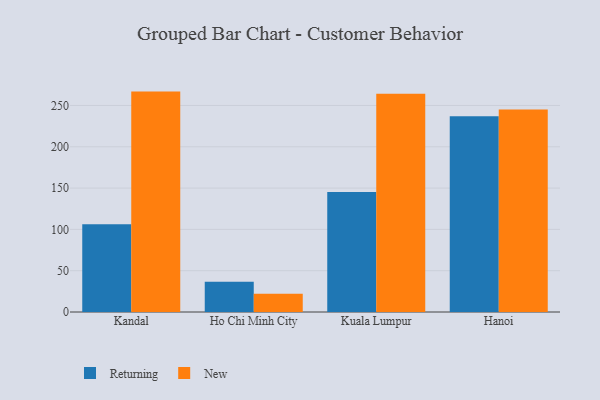
{"axis": {"x": "City", "y": "Headcount"}, "legend": ["New", "Returning"], "data": [{"x": "Kandal", "y": 106.3, "type": "Returning"}, {"x": "Kandal", "y": 266.8, "type": "New"}, {"x": "Ho Chi Minh City", "y": 36.6, "type": "Returning"}, {"x": "Ho Chi Minh City", "y": 22.0, "type": "New"}, {"x": "Kuala Lumpur", "y": 145.4, "type": "Returning"}, {"x": "Kuala Lumpur", "y": 264.1, "type": "New"}, {"x": "Hanoi", "y": 237.0, "type": "Returning"}, {"x": "Hanoi", "y": 245.1, "type": "New"}]}